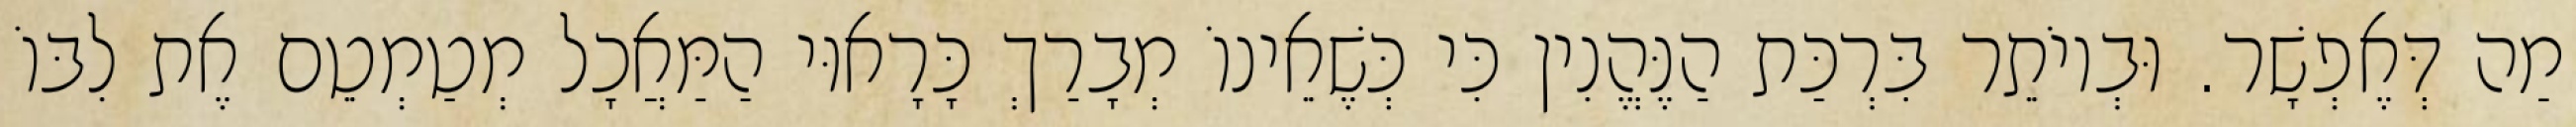
מַה דְּאֶפְשָׁר. וּבְיוֹתֵר בִּרְכַּת הַנֶּהֱנִין כִּי כְּשֶׁאֵינוֹ מְבָרַךְ כָּרָאוּי הַמַּאֲכָל מְטַמְטֵם אֶת לִבּוֹ